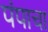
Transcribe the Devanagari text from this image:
पंपाचा